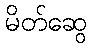
မိတ်ဆွေ